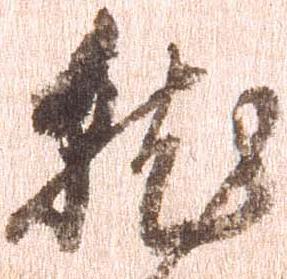
就